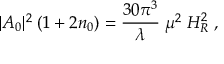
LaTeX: | A _ { 0 } | ^ { 2 } \; ( 1 + 2 n _ { 0 } ) = \frac { 3 0 \pi ^ { 3 } } { \lambda } \; \mu ^ { 2 } \; H _ { R } ^ { 2 } \; ,